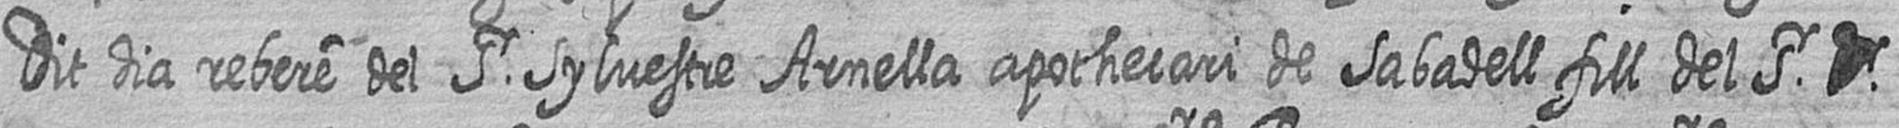
Dit dia rebere del Sr Sylvestre Arnella apothecari de Sabadell fill del Sr